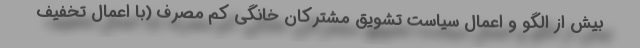
بیش از الگو و اعمال سیاست تشویق مشترکان خانگی کم مصرف (با اعمال تخفیف